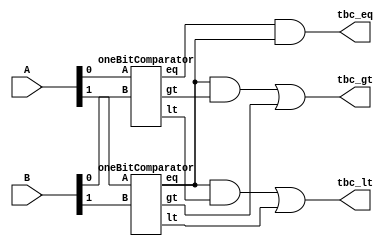
module twoBitComparator(tbc_eq, tbc_lt, tbc_gt, A, B);
  input[1:0] A, B;
  output tbc_lt, tbc_gt, tbc_eq;
  wire lt1, gt1, eq1,lt2, gt2, eq2,t1,t2,t3;
  
  oneBitComparator c1(lt1, gt1, eq1, A[0], B[0]);
  oneBitComparator c2(lt2, gt2, eq2, A[1], B[1]);
  
  and andmain1(tbc_eq,eq1,eq2);
  
  and andmain3(t2,eq2,gt1);
  or ormain2(tbc_gt,t2,gt2);
  
  and andmain2(t1,eq2,lt1);
  or ormain1(tbc_lt,t1,lt2);
endmodule

module oneBitComparator(lt, gt, eq, A, B);
  input A, B;
  output lt, gt, eq;
  lt l1(lt, A, B);
  gt g1(gt, A, B);
  eq e1(eq, A, B);
endmodule

module lt(lt_out, lt_a, lt_b);
  input lt_a, lt_b;
  output lt_out;
  wire temp;
  not n1(temp,lt_b);
  and a1(lt_out, lt_a, temp);
endmodule

module gt(gt_out, gt_a, gt_b);
  input gt_a, gt_b;
  output gt_out;
   wire temp;
  not n2(temp,gt_a);
  and a2(gt_out, temp, gt_b);
endmodule

module eq(eq_out, eq_a, eq_b);
  input eq_a, eq_b;
  output eq_out;
  xnor x1 (eq_out, eq_a, eq_b);
endmodule